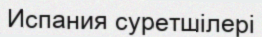
Испания суретшілері